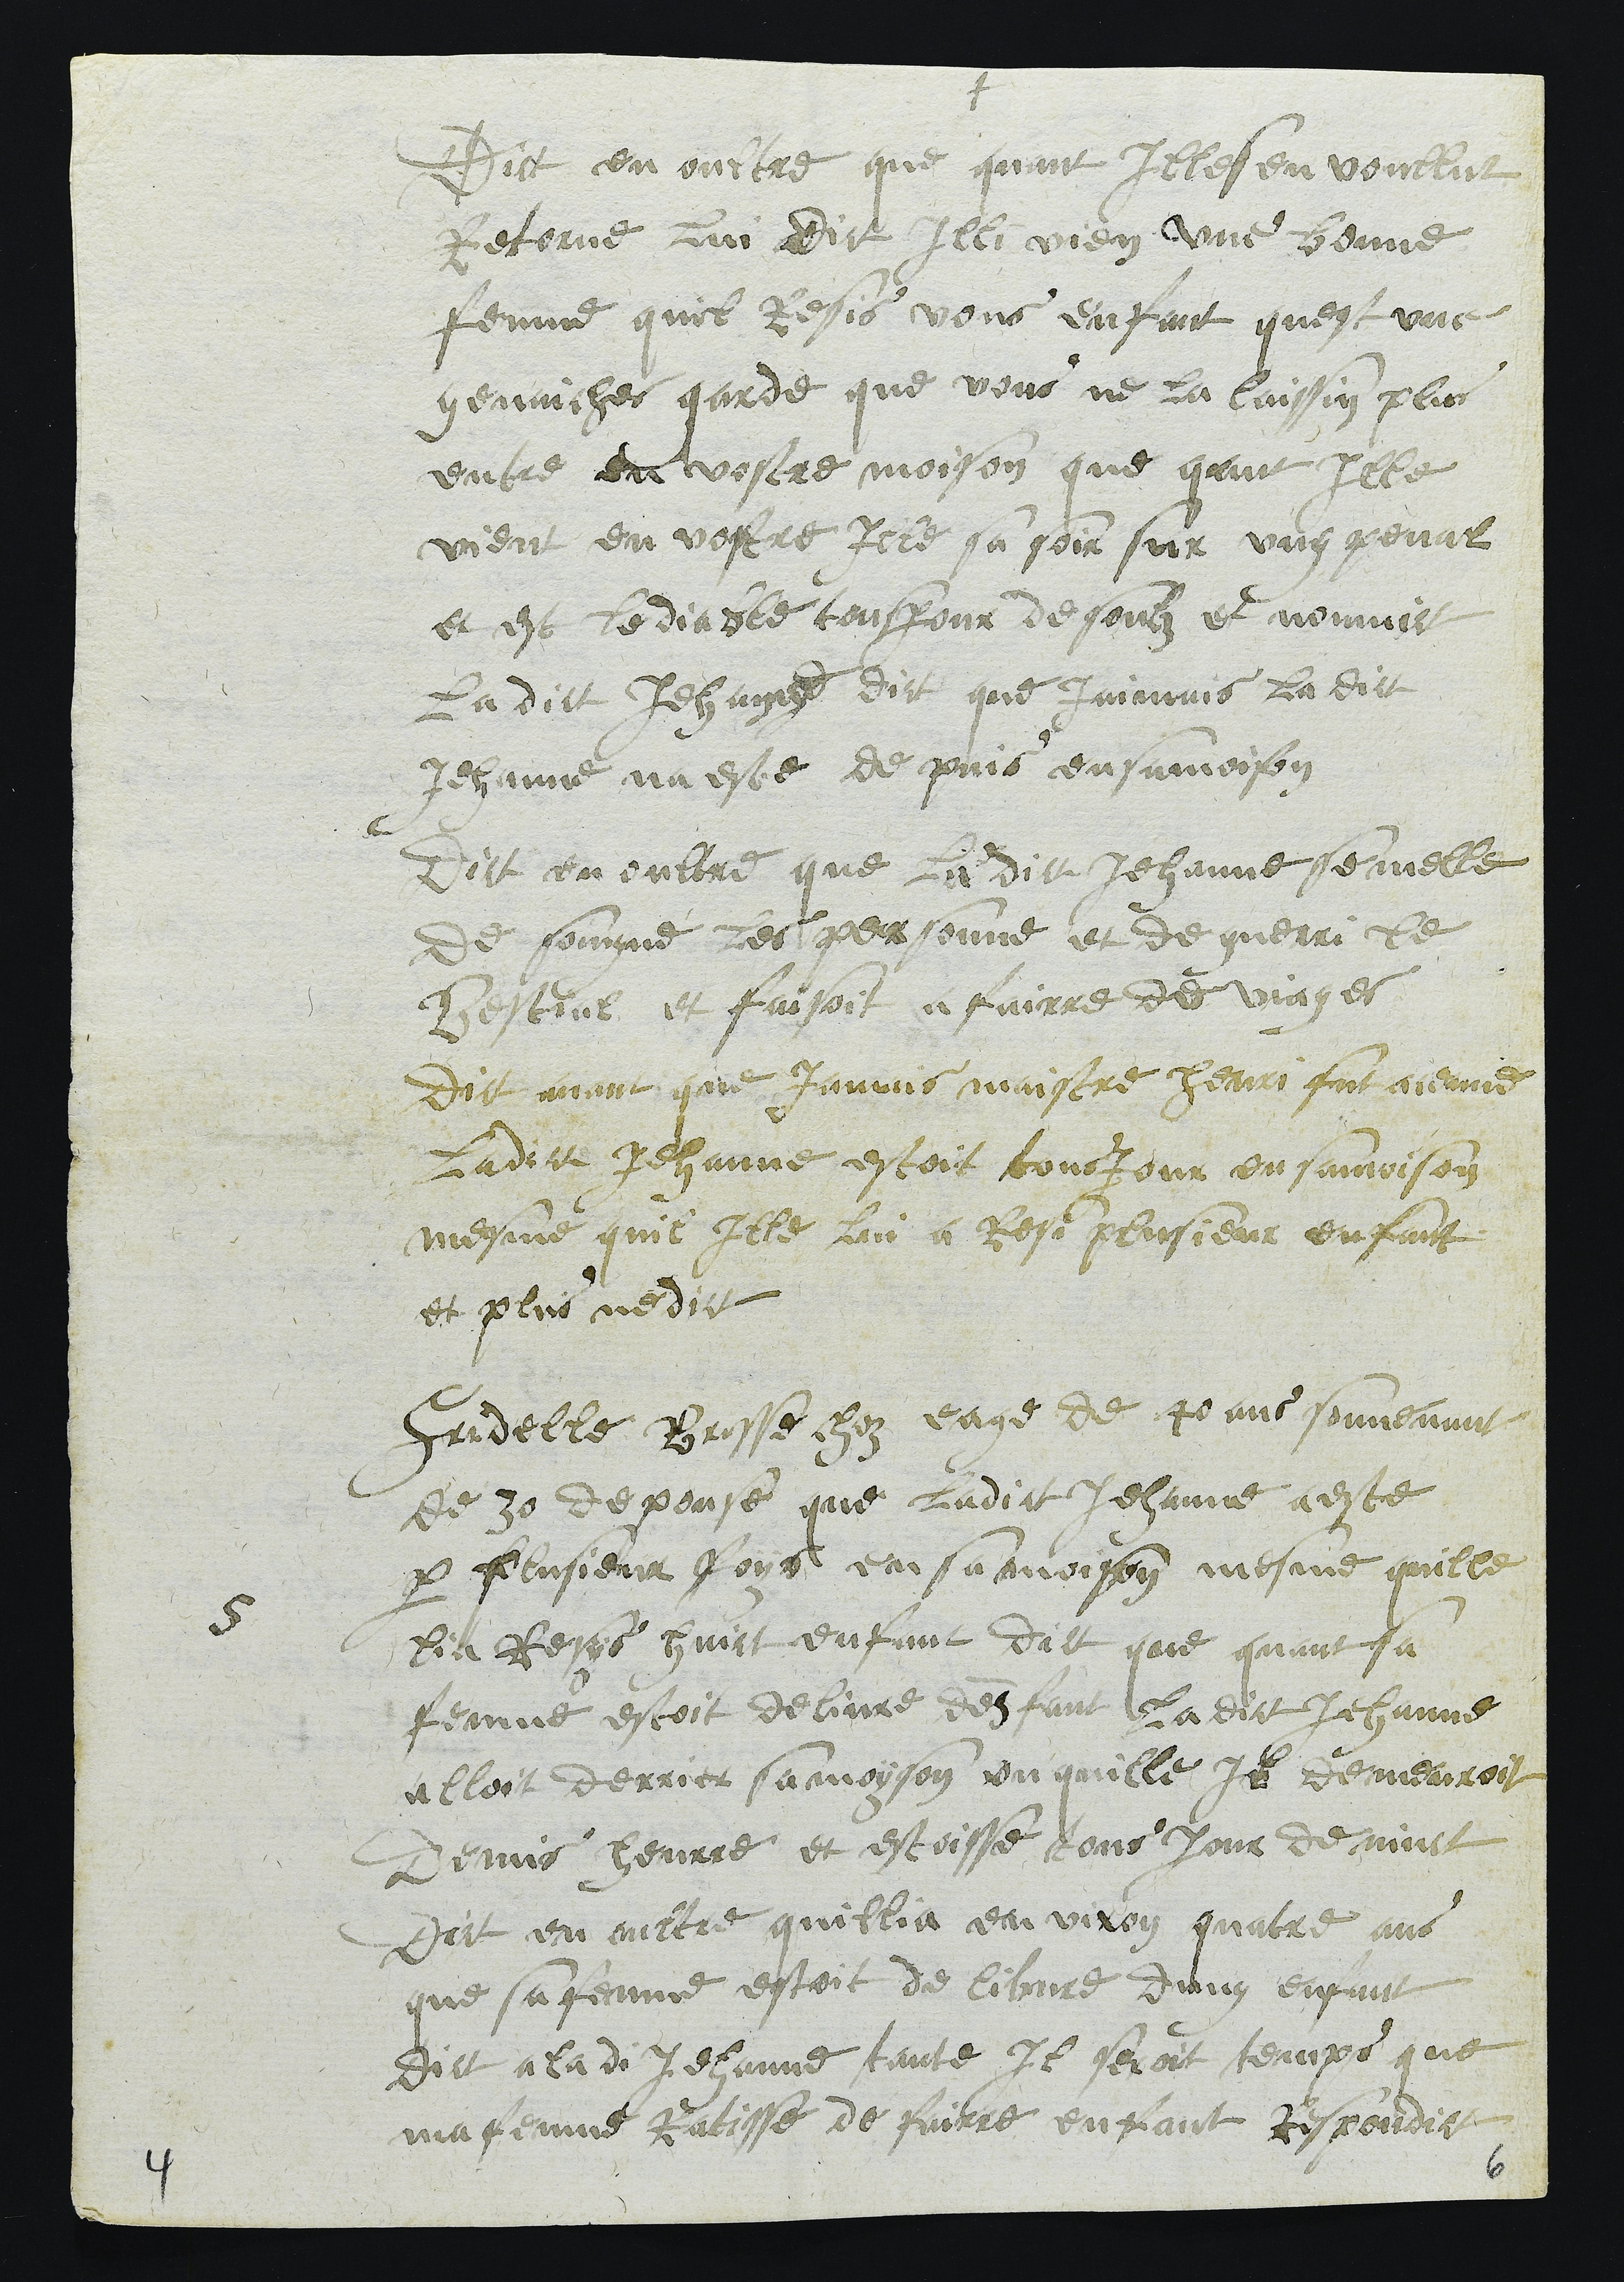
+
Dict en oultre que quant Illesen voullut
Retorne lui dict Illi vien une bonne
femme quil Resis vous enfant quest une
genaiches garde que vous ne la laissin plus
entre en vostre moison que qant Ille
vient en vostre Ille sa soir sur ung penal
et est le diable tousjour desoubz et nommict
La dict Jehanne dict que jaimais la dict
Jehanne na este de puis en samoison
Dict en oultre que ladict Jehanne se melle
de soingne les personne et de guerri le
Bestial et faisoit a fairre de viages
Dit avant que Jamais maistre henri fut avenud
Ladite Jehanne estoit tousjour en samoison
mesme quil Ille lui a Resi plusieur enfant
et plus ne dict
5
Fridelle Brossechoz eage de  40ans souvenant
de 30 depouse que ladict Jehanne a este
par plusieur foys en sa moison mesme quille
lia Resys huict enfant dict que quant sa
fenme estoit delivre denfant ladict Jehanne
alloit derrier sa moyson ou quille Il demeuroit
Demis heurre et estoisse tous jour de nuict
Dict en oultre quillia environ quatre ans
que sa femme estoit de libvre dung enfant
Dict a ladi Jehanne tante Il seroit temps que
ma fenme Ratisse de fairre enfant Respondit
6